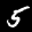
Label: 5